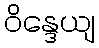
ဝိန္ဒေယျ